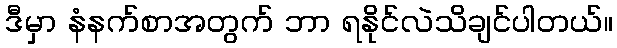
ဒီမှာ နံနက်စာအတွက် ဘာ ရနိုင်လဲသိချင်ပါတယ်။